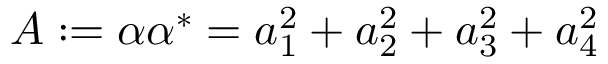
A : = \alpha \alpha ^ { * } = a _ { 1 } ^ { 2 } + a _ { 2 } ^ { 2 } + a _ { 3 } ^ { 2 } + a _ { 4 } ^ { 2 }